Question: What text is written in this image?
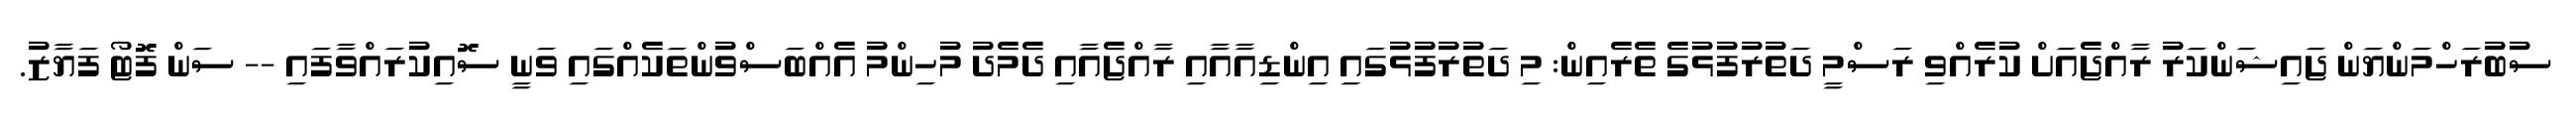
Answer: ސުބުރަހްމަންޔަން ޖައިޝަންކަރު ރާއްޖެއަށް ކުރެއްވި ރަސްމީ ދަތުރުފުޅުގެ ތެރެއިން: މި ދަތުރުފުޅުގައި އިންޑިއާއާއި ރާއްޖެއާއި ދެމެދު މުހިންމު އެއްބަސްވުންތަކެއްގައި ވަނީ ސޮއިކުރައްވާފައި -- ސަން ފޮޓޯ ފަޔާޒު.